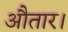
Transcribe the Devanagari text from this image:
औतार।